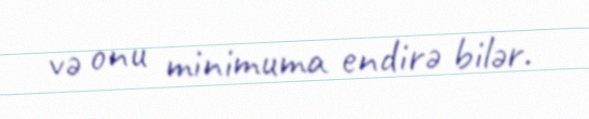
və onu minimuma endirə bilər.